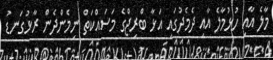
މާލެ އާއި ހުޅުމާލެ އާއި ދެމެދުގައި އަޅާ ބްރިޖްގެ މަސައްކަތް ނިމެންދެން ރާޅުގަނޑު